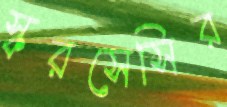
স্করসেসির